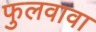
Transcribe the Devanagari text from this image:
फुलवावा